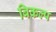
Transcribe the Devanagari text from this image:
बिकल्प